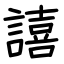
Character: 譆